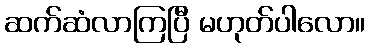
ဆက်ဆံလာကြပြီ မဟုတ်ပါလော။